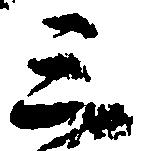
三